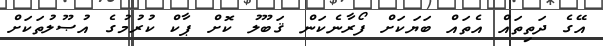
އޭގެ ދަތިތައް އެތައް ބަޔަކަށް ފޯރާނެކަން ޤަބޫލު ކޮށް ޕާކް ކުރުމުގެ އުޞޫލުތަކަށް